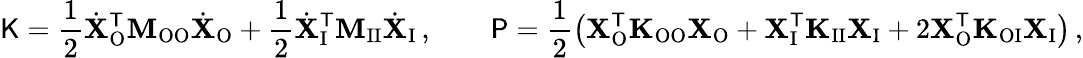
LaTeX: \mathsf{K}=\frac{1}{2}\dot{\mathbf{X}}_{\mathrm{O}}^{\mathsf{T}}\mathbf{M}_{\mathrm{OO}}\dot{\mathbf{X}}_{\mathrm{O}}+\frac{1}{2}\dot{\mathbf{X}}_{\mathrm{I}}^{\mathsf{T}}\mathbf{M}_{\mathrm{II}}\dot{\mathbf{X}}_{\mathrm{I}}\, ,\qquad\mathsf{P}=\frac{1}{2}\left(\mathbf{X}_{\mathrm{O}}^{\mathsf{T}}\mathbf{K}_{\mathrm{OO}}\mathbf{X}_{\mathrm{O}}+\mathbf{X}_{\mathrm{I}}^{\mathsf{T}}\mathbf{K}_{\mathrm{II}}\mathbf{X}_{\mathrm{I}}+2\mathbf{X}_{\mathrm{O}}^{\mathsf{T}}\mathbf{K}_{\mathrm{OI}}\mathbf{X}_{\mathrm{I}}\right)\, ,